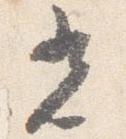
光